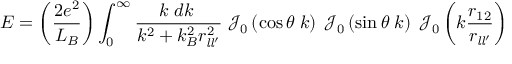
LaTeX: E = \left( { \frac { 2 e ^ { 2 } } { L _ { B } } } \right) \int _ { 0 } ^ { \infty } { \frac { k \; d k \; } { k ^ { 2 } + k _ { B } ^ { 2 } r _ { { \mathit { l } } { \mathit { l } } ^ { \prime } } ^ { 2 } } } \; { \mathcal { J } } _ { 0 } \left( \cos \theta \; k \right) \; { \mathcal { J } } _ { 0 } \left( \sin \theta \; k \right) \; { \mathcal { J } } _ { 0 } \left( k { \frac { r _ { 1 2 } } { r _ { { \mathit { l } } { \mathit { l } } ^ { \prime } } } } \right)